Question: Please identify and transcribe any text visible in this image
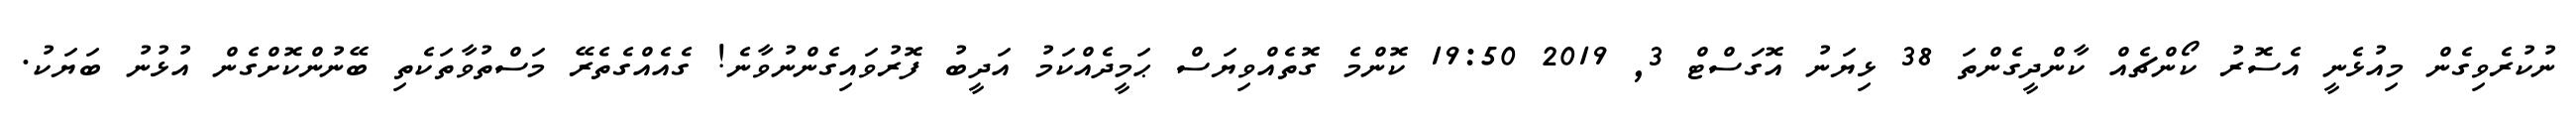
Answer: ނުކުރެވިގެން މިއުޅެނީ އެސޮރު ކޯންޗެއް ކާންދީގެންތަ 38 ޅިޔަނު އޮގަސްޓް 3, 2019 19:50 ކޮންމެ ގޮތެއްވިޔަސް ޙަމީދެއްކަމު އަދީބު ފޮރުވައިގެންނުވާނެ! ގެއެއްގެތެރޭ މަސްތުވާތަކެތި ބޭނުންކޮށްގެން އުޅުނު ބަޔަކު.